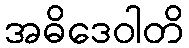
အဓိဒေဝါတိ